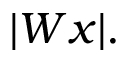
| W x | .